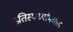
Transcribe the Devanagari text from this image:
प्रतिस्पर्ध्यांमधील